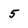
Character: 5